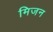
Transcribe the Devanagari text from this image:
मिजन